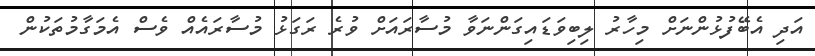
އަދި އެބޭފުޅުންނަށް މިހާރު ލިބިވަޑައިގަންނަވާ މުސާރައަށް ވުރެ ރަގަޅު މުސާރައެއް ވެސް އެމަގާމުތަކުން